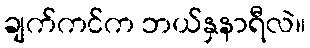
ချက်ကင်က ဘယ်နှနာရီလဲ။